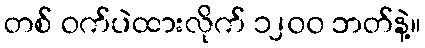
တစ် ဝက်ပဲထားလိုက် ၁၂၀၀ ဘတ်နဲ့။